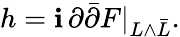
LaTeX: h=\mathbf{i}\, \partial{\bar{{\partial}}}F|_{L\wedge{\bar{{L}}}}.